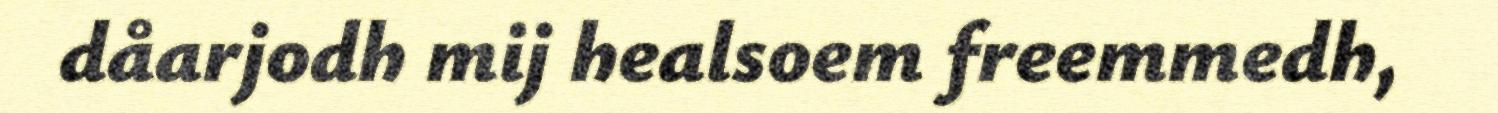
dåarjodh mij healsoem freemmedh,